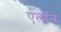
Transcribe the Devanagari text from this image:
एलाॅन